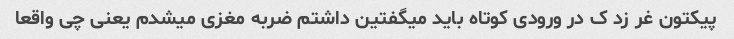
پیکتون غر زد ک در ورودی کوتاه باید میگفتین داشتم ضربه مغزی میشدم یعنی چی واقعا